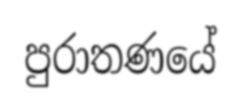
පුරාතණයේ